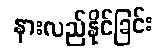
နားလည်နိုင်ခြင်း